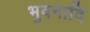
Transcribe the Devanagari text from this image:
भुवनादि